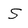
Character: S